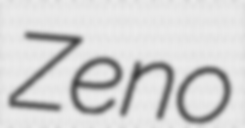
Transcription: Zeno